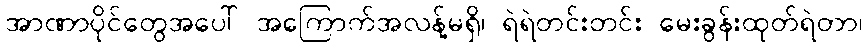
အာဏာပိုင်တွေအပေါ် အကြောက်အလန့်မရှိ၊ ရဲရဲတင်းတင်း မေးခွန်းထုတ်ရဲတာ၊